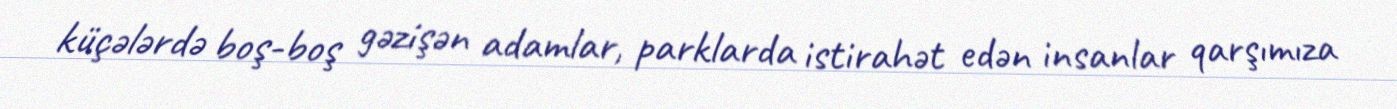
küçələrdə boş-boş gəzişən adamlar, parklarda istirahət edən insanlar qarşımıza